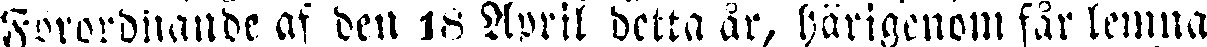
Fororduande af den 18 April detta år, härigenom får lemna